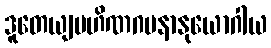
ဒူတေယျပဟိဏဂမနာနုယောဂါယ